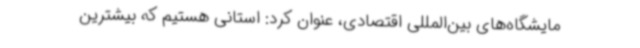
مایشگاه‌های بین‌المللی اقتصادی، عنوان کرد: استانی هستیم که بیشترین